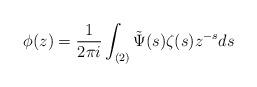
LaTeX: \begin{align*} \phi(z)=\frac{1}{2\pi i}\int_{(2)} \tilde\Psi(s)\zeta(s)z^{-s}ds\end{align*}